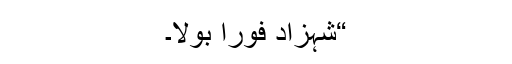
“شہزاد فوراً بولا۔